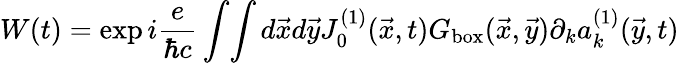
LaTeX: W(t)=\exp i{\frac{e}{\hbar c}}\int\! \int d\vec{x}d\vec{y}J_{0}^{(1)}(\vec{x},t)G_{\mathrm{box}}(\vec{x},\vec{y})\partial_{k}a_{k}^{(1)}(\vec{y},t)